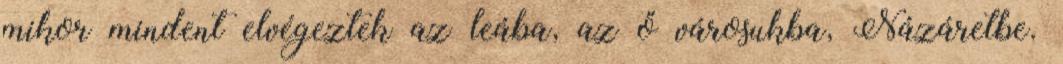
mikor mindent elvégeztek az leába, az ő városukba, Názáretbe.